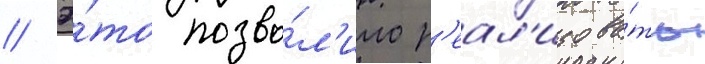
// Э́то позво́л'ило р'еал'изова́ть